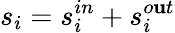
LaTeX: s_{i}=s_{i}^{in}+s_{i}^{o\mathbf{u}t}